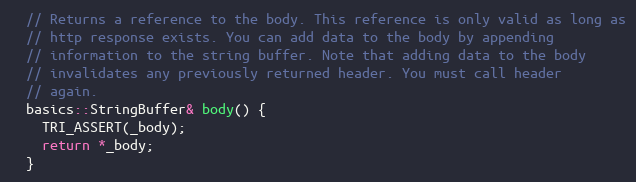
Language: C
  // Returns a reference to the body. This reference is only valid as long as
  // http response exists. You can add data to the body by appending
  // information to the string buffer. Note that adding data to the body
  // invalidates any previously returned header. You must call header
  // again.
  basics::StringBuffer& body() {
    TRI_ASSERT(_body);
    return *_body;
  }